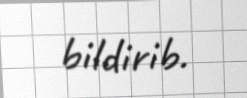
bildirib.